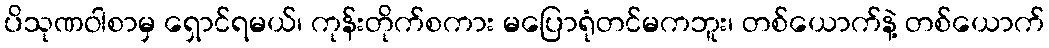
ပိသုဏဝါစာမှ ရှောင်ရမယ်၊ ကုန်းတိုက်စကား မပြောရုံတင်မကဘူး၊ တစ်ယောက်နဲ့ တစ်ယောက်